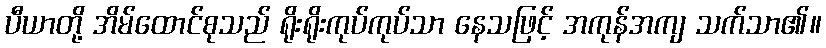
ပီယာတို့ အိမ်ထောင်စုသည် ရိုးရိုးကုပ်ကုပ်သာ နေသဖြင့် အကုန်အကျ သက်သာ၏။